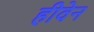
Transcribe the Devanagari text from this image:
हीवेन